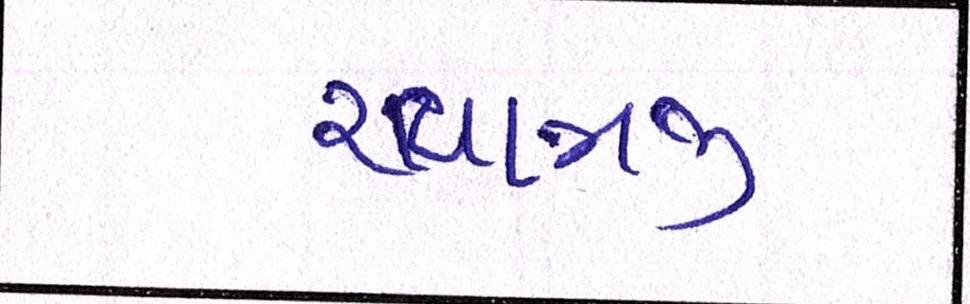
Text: શ્યામજી